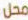
محل